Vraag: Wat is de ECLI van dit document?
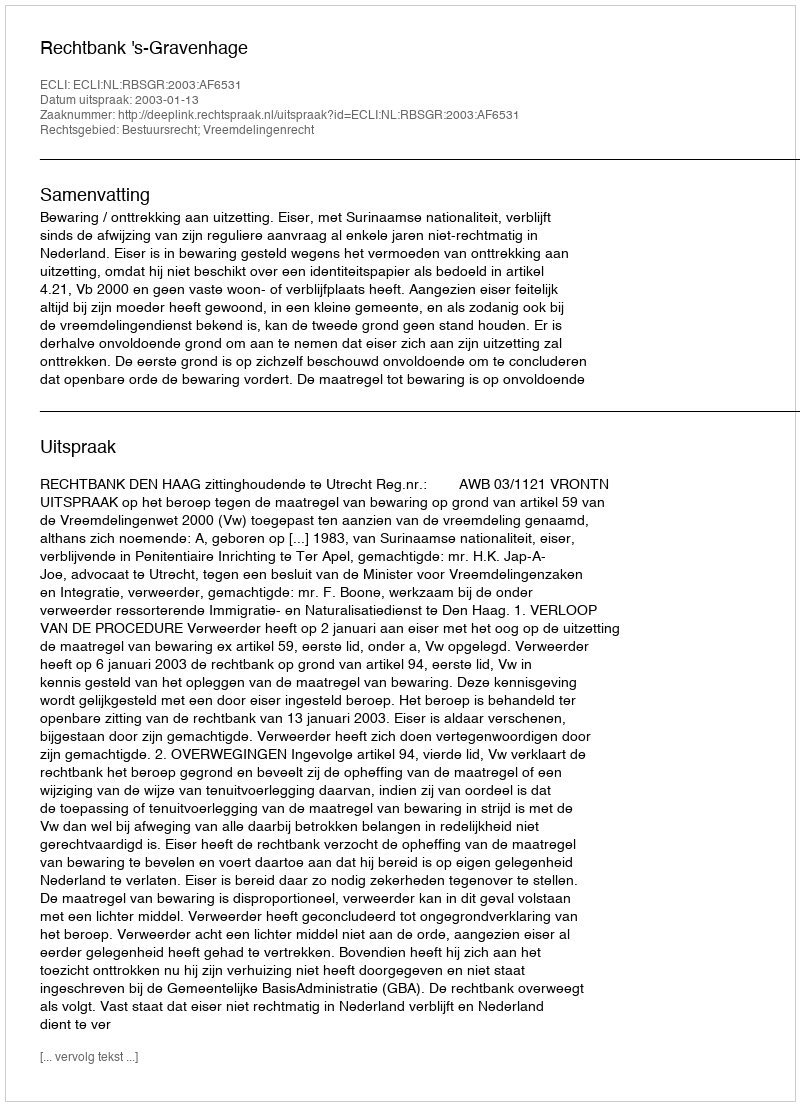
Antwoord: ECLI:NL:RBSGR:2003:AF6531